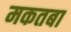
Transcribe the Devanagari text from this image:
मकतबा